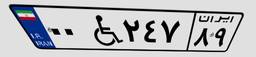
۰۰W۲۴۷۸۹